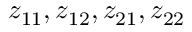
z _ { 1 1 } , z _ { 1 2 } , z _ { 2 1 } , z _ { 2 2 }